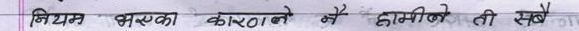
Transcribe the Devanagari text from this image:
नियम भरका करताने ने हामीले ती समेत